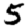
Digit: 5